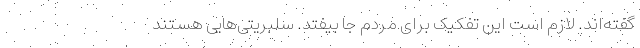
گفته‌اند. لازم است این تفکیک برای مردم جا بیفتد. سلبریتی‌هایی هستند